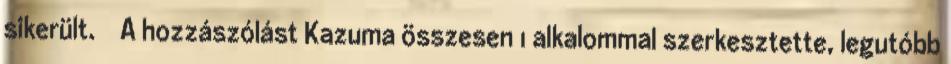
sikerült. A hozzászólást Kazuma összesen 1 alkalommal szerkesztette, legutóbb